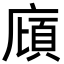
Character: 廎